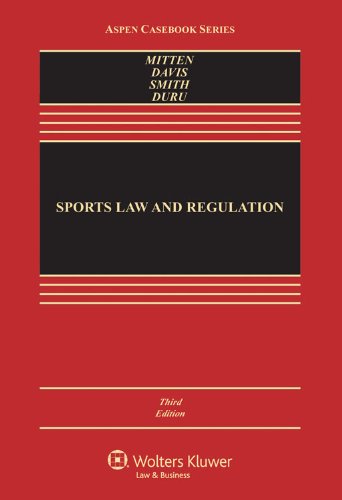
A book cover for Sports Law & Regulation: Cases Materials & Problems, Third Edition (Aspen Casebook) (Aspen Casebooks); Matthew Mitten; Law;